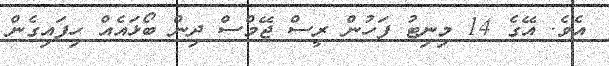
އެވެ. އޭގެ 14 މިނިޓު ފަހުން ރީސް ޖޭމްސް ދިން ބޯޅައެއް ހިފައިގެން